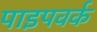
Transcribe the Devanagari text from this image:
पाइपवर्क